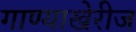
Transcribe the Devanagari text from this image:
गाण्याखेरीज